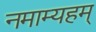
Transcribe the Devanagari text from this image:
नमाम्यहम्‌